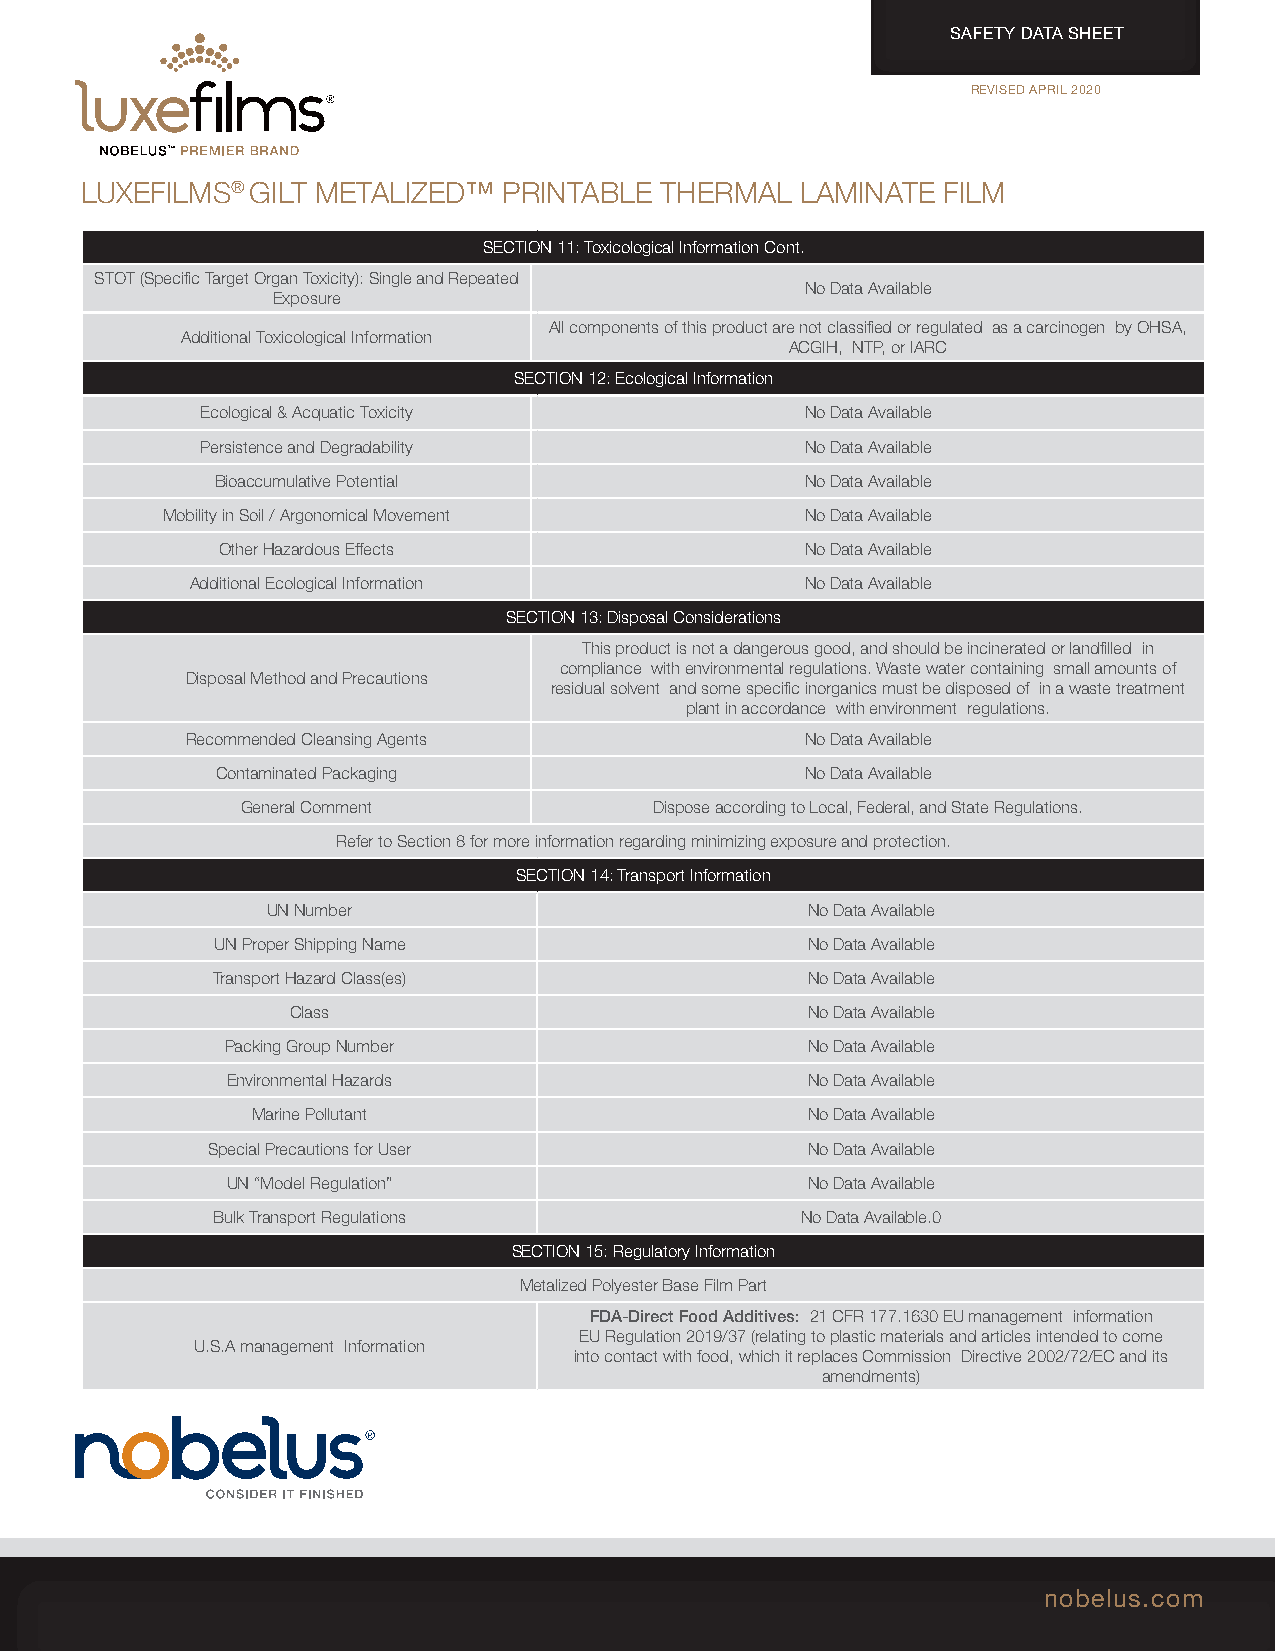
SAFETY DATA SHEET
 REVISED APRIL 2020
 LUXEFILMS®  GILT METALIZED™ PRINTABLE  THERMAL  LAMINATE FILM
 SECTION 11: Toxicological Information Cont.
 STOT (Specific Target Organ Toxicity): Single and Repeated
 No Data Available
 Exposure
 All components of this product are not classified or regulated as a carcinogen by OHSA,
 Additional Toxicological Information
 ACGIH, NTP, or IARC
 SECTION 12: Ecological Information
 Ecological & Acquatic Toxicity          No Data Available
 Persistence and Degradability           No Data Available
 Bioaccumulative Potential              No Data Available
 Mobility in Soil / Argonomical Movement   No Data Available
 Other Hazardous Effects                No Data Available
 Additional Ecological Information       No Data Available
 SECTION 13: Disposal Considerations
 This product is not a dangerous good, and should be incinerated or landfilled in
 compliance with environmental regulations. Waste water containing small amounts of
 Disposal Method and Precautions
 residual solvent and some specific inorganics must be disposed of in a waste treatment
 plant in accordance with environment regulations.
 Recommended Cleansing Agents             No Data Available
 Contaminated Packaging                 No Data Available
 General Comment            Dispose according to Local, Federal, and State Regulations.
 Refer to Section 8 for more information regarding minimizing exposure and protection.
 SECTION 14: Transport Information
 UN Number                          No Data Available
 UN Proper Shipping Name                No Data Available
 Transport Hazard Class(es)             No Data Available
 Class                             No Data Available
 Packing Group Number                  No Data Available
 Environmental Hazards                 No Data Available
 Marine Pollutant                    No Data Available
 Special Precautions for User           No Data Available
 UN “Model Regulation”                 No Data Available
 Bulk Transport Regulations             No Data Available.0
 SECTION 15: Regulatory Information
 Metalized Polyester Base Film Part
 FDA-Direct Food Additives: 21 CFR 177.1630 EU management information
 EU Regulation 2019/37 (relating to plastic materials and articles intended to come
 U.S.A management Information
 into contact with food, which it replaces Commission Directive 2002/72/EC and its
 amendments)
 nobelus.com